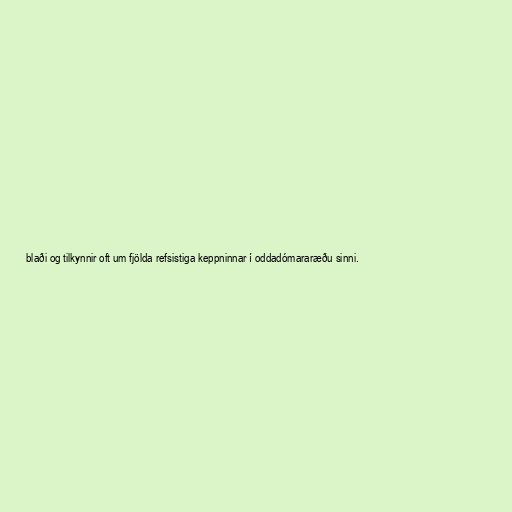
blaði og tilkynnir oft um fjölda refsistiga keppninnar í oddadómararæðu sinni.